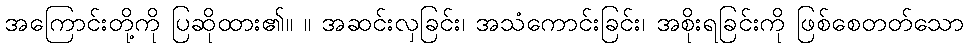
အကြောင်းတို့ကို ပြဆိုထား၏။ ။ အဆင်းလှခြင်း၊ အသံကောင်းခြင်း၊ အစိုးရခြင်းကို ဖြစ်စေတတ်သော